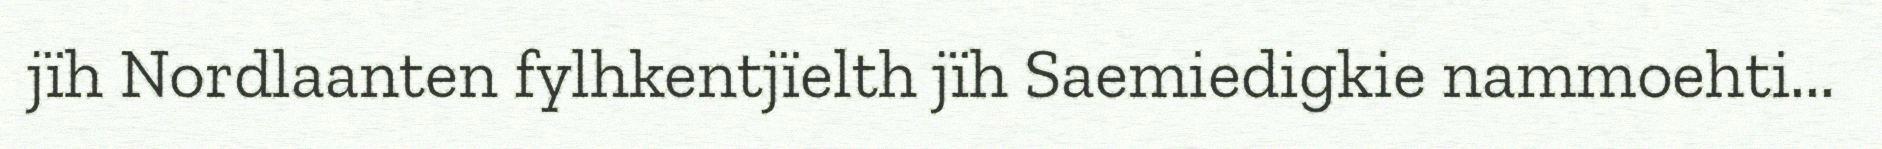
jïh Nordlaanten fylhkentjïelth jïh Saemiedigkie nammoehti...